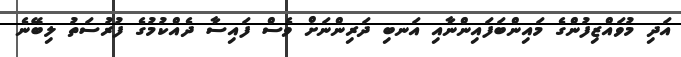
އަދި މުވައްޒިފުންގެ މައިންބަފައިންނާއި އަނބި ދަރިންނަށް ވެސް ފައިސާ ދެއްކުމުގެ ފުރުސަތު ލިބޭނެ